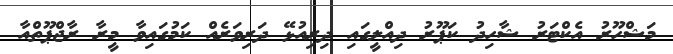
މަޝްހޫރު އެކްޓަރު ޝާހިދު ކަޕޫރު ދިއްލީގައި ދިރިއުޅޭ ދަރިވަރެއް ކަމުގައިވާ މީރާ ރާޖްޕޫތްއާ